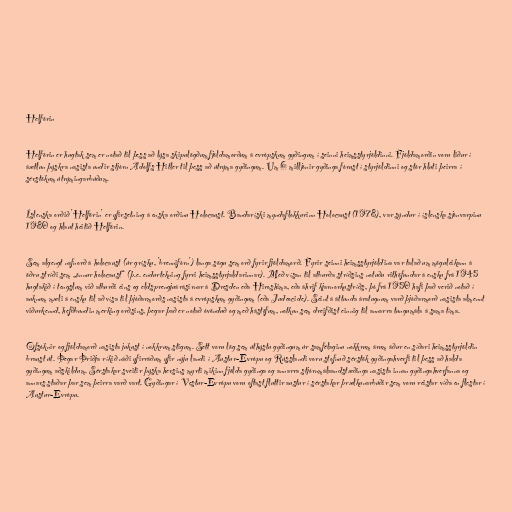
Helförin

Helförin er hugtak sem er notað til þess að lýsa skipulögðum fjöldamorðum á evrópskum gyðingum í seinni heimsstyrjöldinni. Fjöldamorðin voru liður í
áætlun þýskra nasista undir stjórn Adolfs Hitler til þess að útrýma gyðingum. Um 6 milljónir gyðinga fórust í styrjöldinni og stór hluti þeirra í
sérstökum útrýmingarbúðum.

Íslenska orðið 'Helförin' er yfirsetning á enska orðinu Holocaust. Bandaríski myndaflokkurinn Holocaust (1978), var sýndur í íslenska sjónvarpinu
1980 og hlaut heitið Helförin.

Sem algengt nafnorð á holocaust (úr grísku, 'brennifórn') langa sögu sem orð fyrir fjöldamorð. Fyrir seinni heimsstyrjöldina var talað um möguleikann á
öðru stríði sem „önnur holocaust“ (þ.e. endurtekning fyrri heimsstyrjaldarinnar). Með vísan til atburða stríðsins notuðu rithöfundar á ensku frá 1945
hugtakið í tengslum við atburði eins og eldsprengjuárásirnar á Dresden eða Hiroshima, eða áhrif kjarnorkustríðs, þó frá 1950 hafi það verið notað í
auknum mæli á ensku til að vísa til þjóðarmorðs nasista á evrópskum gyðingum (eða Judeocide). Seint á áttunda áratugnum varð þjóðarmorð nasista almennt
viðurkennd, hefðbundin merking orðsins, þegar það er notað óvönduð og með hástöfum, notkun sem dreifðist einnig til annarra tungumála á sama tíma.

Ofsóknir og fjöldamorð nasista jukust í nokkrum stigum. Sett voru lög sem úthýstu gyðingum úr samfélaginu nokkrum árum áður en síðari heimsstyrjöldin
braust út. Þegar Þriðja ríkið náði yfirráðum yfir nýju landi í Austur-Evrópu og Rússlandi voru stofnuð sérstök gyðingahverfi til þess að halda
gyðingum aðskildum. Sérstakar sveitir þýska hersins myrti mikinn fjölda gyðinga og annarra stjórnmálaandstæðinga nasista innan gyðingahverfanna og
annars staðar þar sem þeirra varð vart. Gyðingar í Vestur-Evrópu voru oftast fluttir austur í sérstakar þrælkunarbúðir sem voru reistar víða en flestar í
Austur-Evrópu.